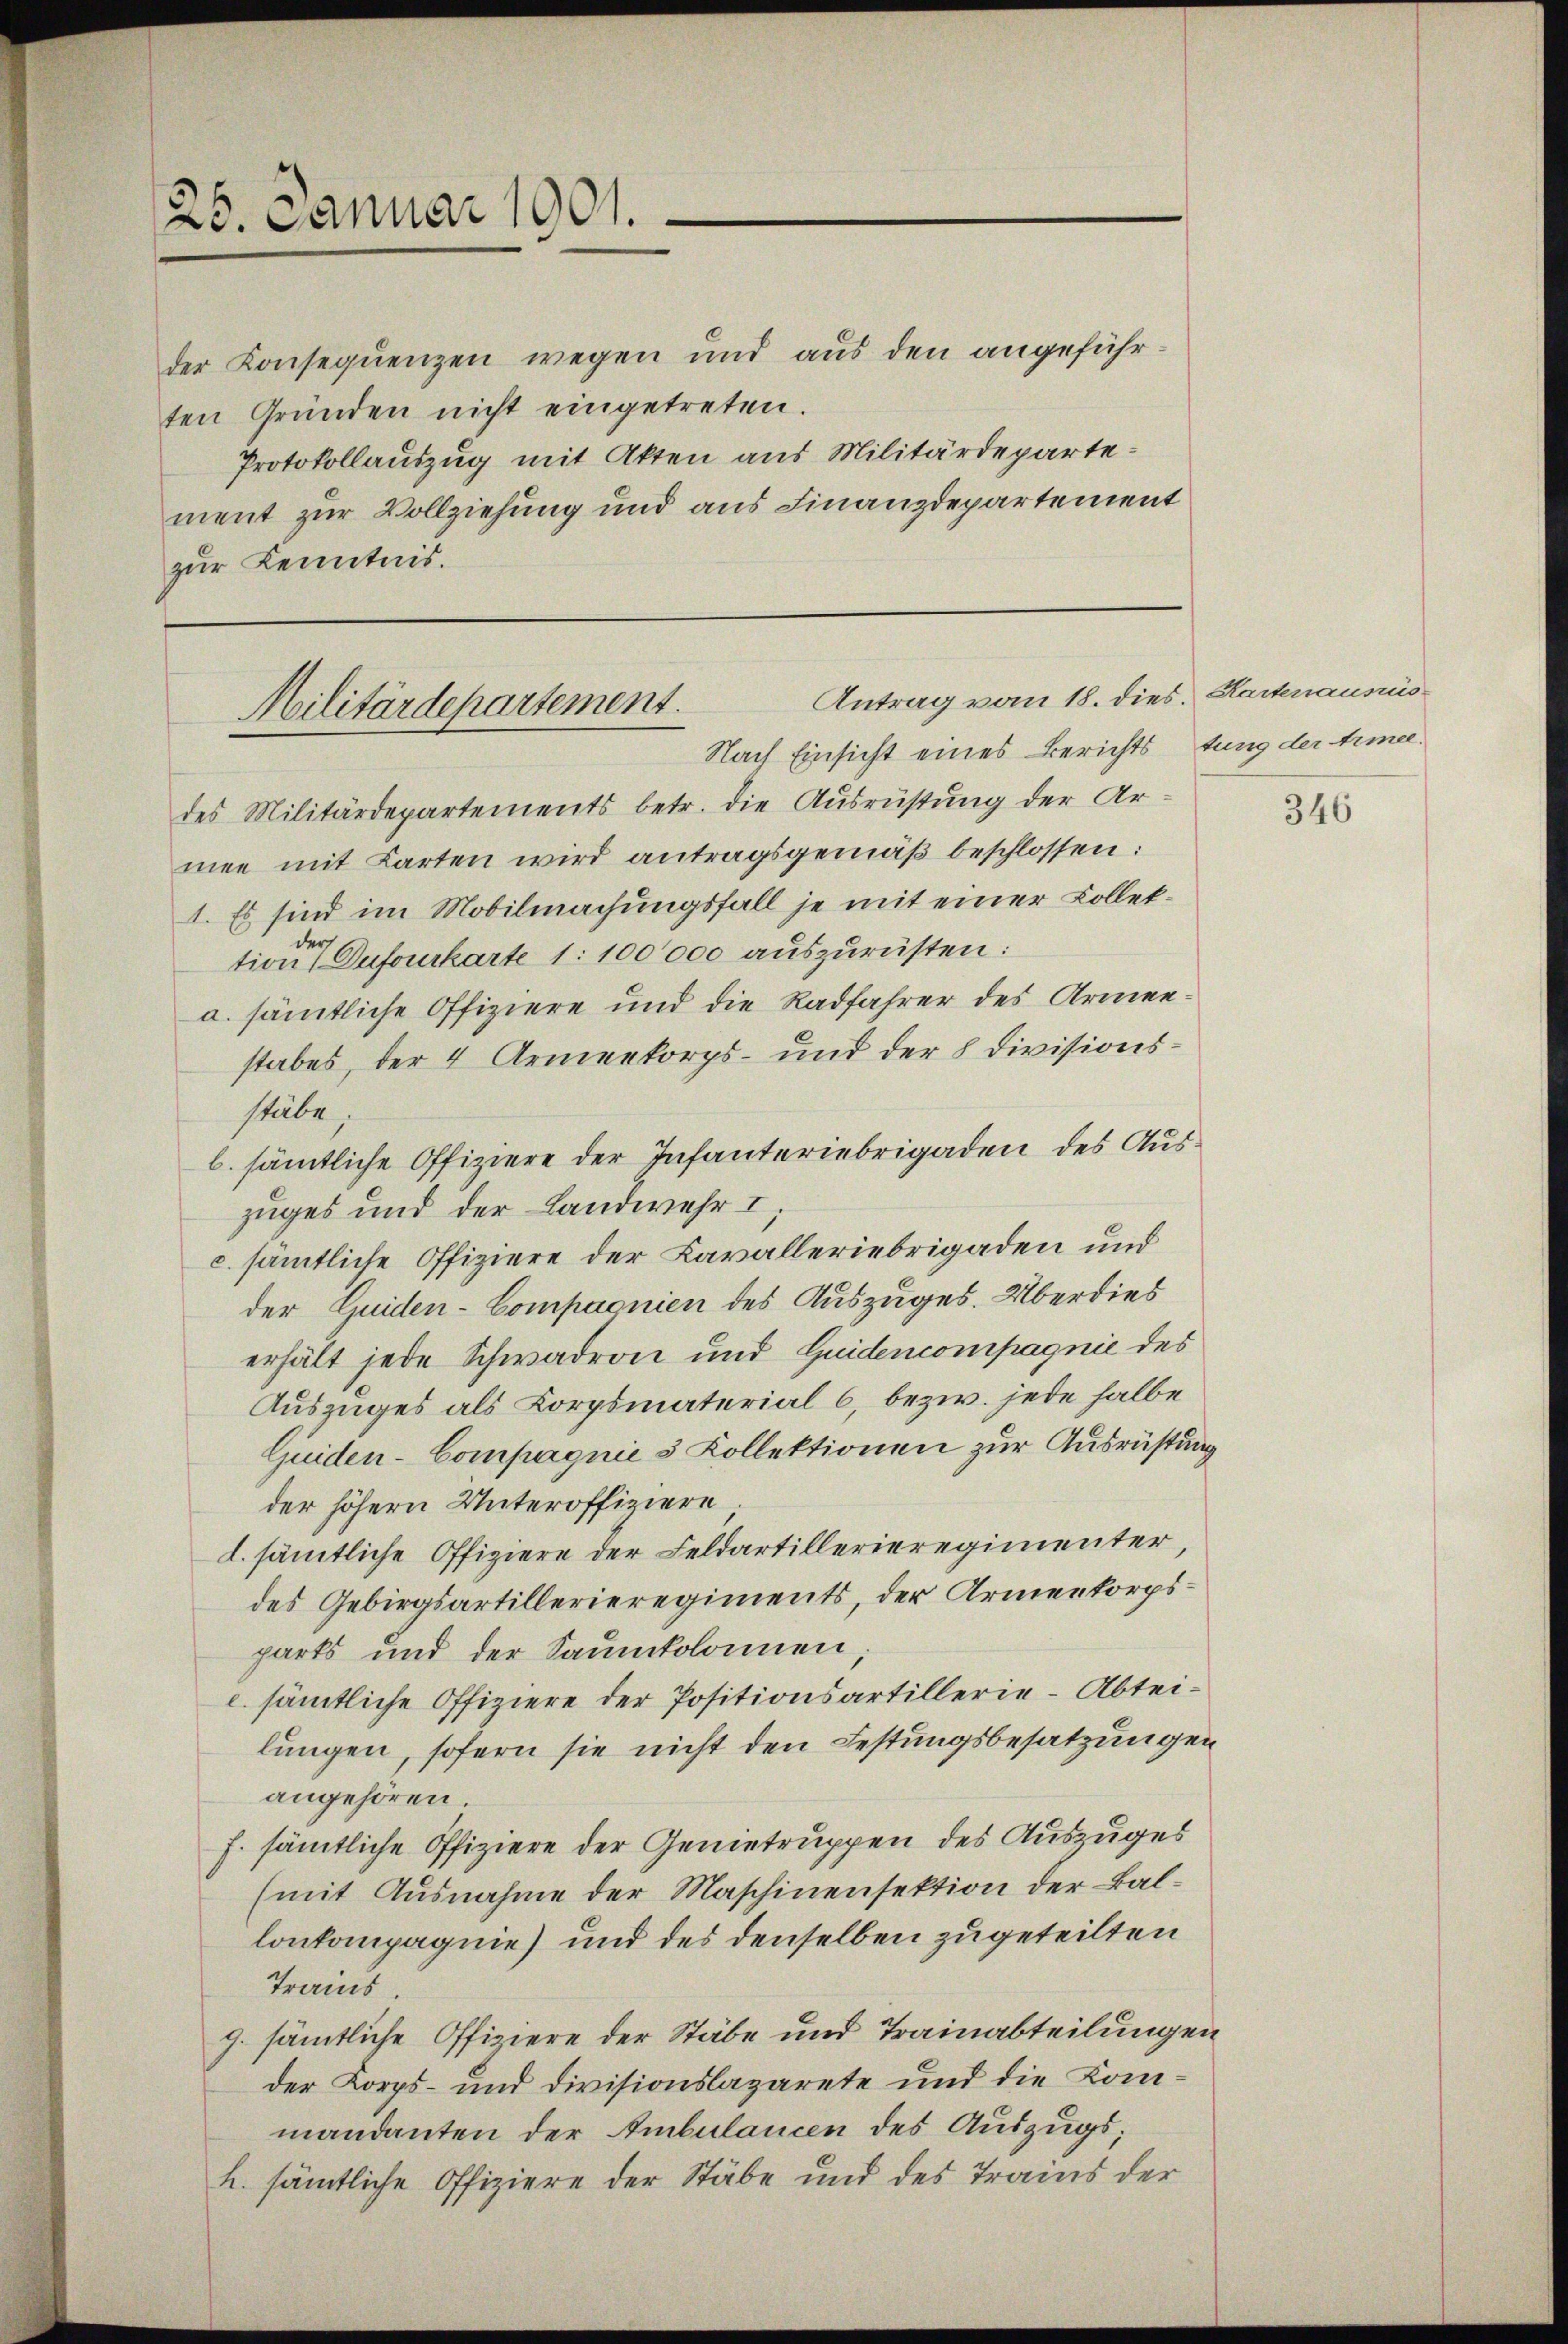
25. Januar 1901.

der Konsequenzen wegen und aus den angeführten Gründen nicht eingetreten.
Protokollauszug mit Akten aus Militärdepartement zur Vollziehung und aus Finanzdepartement
zur Kenntnis.

Antrag vom 18. dies. Kartenaussis
Militärdepartement.
Nach Einsicht eines Berichtstung der Armee-

des Militärdepartements betr. die Ausrüstung der Ar
mee mit Karten wird antragsgemäß beschlossen:
1. Es sind im Mobilmachungsfall je mit einer Kollettionen Dufourkarte 1:100000 auszurüsten:
a. sämmtliche Offiziere und die Radfahrer des Armenstabes, der 4 Armenkorps- und der 8 Divisionsstäbe,
b. sämmtliche Offiziere der Infanteriebrigaden des Auszuges und der Landwehr I.
c. sämmtliche Offiziere der Kavalleriebrigaden und
der Guiden-Compagnien des Auszuges. Überdies
erhält jede Schwadron und Guidencompagnie des
Auszuges als Korpsmaterial 6, bezw. jede halbe
Quiden-Compagnie 3 Kollektionen zur Ausrüstung
der höhern Unteroffiziere
d. sämmtliche Offiziere der Feldartillerieregimenter,
des Gebirgsartillerieregiments, der Armenkorpspärts und der Saumkolonnen;
c. sämtliche Offiziere der Positionsartillerie-Abteilungen, sofern sie nicht den Festungsbesatzungen
angehören.
f. sämmtliche Offiziere der Gemetruppen des Auszuges
(mit Ausnahme der Maschinensektion der Ballonkompagnie) und des denselben zugeteilten
Trans
g. sämmtliche Offiziere der Stäbe und Trainabteilungen
der Korps- und Divisionslazarete und die Kommandanten der Ambulancen des Auszugsh. sämtliche Offiziere der Stäbe und des Trains der

346